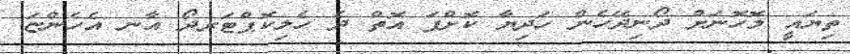
ތިޔައީ މޮހޮނަށް ދޯނިދޭހެން ހަދިޔާ ކޮށްފަ އޮތް ދެ ހެލިކޮޕްޓަރދޯ އާނ އެހެންޏަ